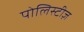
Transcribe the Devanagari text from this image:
पोलिस्टीज़